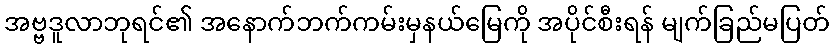
အဗ္ဗဒူလာဘုရင်၏ အနောက်ဘက်ကမ်းမှနယ်မြေကို အပိုင်စီးရန် မျက်ခြည်မပြတ်